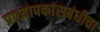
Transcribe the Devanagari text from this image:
प्राध्यापकांसबंधीचा